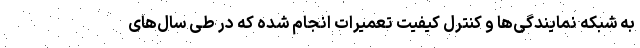
به شبکه نمایندگی‌ها و کنترل کیفیت تعمیرات انجام شده که در طی سال‌های